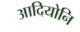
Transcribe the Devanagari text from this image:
आदियोनि